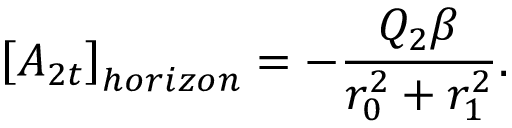
\left[ A _ { 2 t } \right] _ { h o r i z o n } = - \frac { Q _ { 2 } \beta } { r _ { 0 } ^ { 2 } + r _ { 1 } ^ { 2 } } .